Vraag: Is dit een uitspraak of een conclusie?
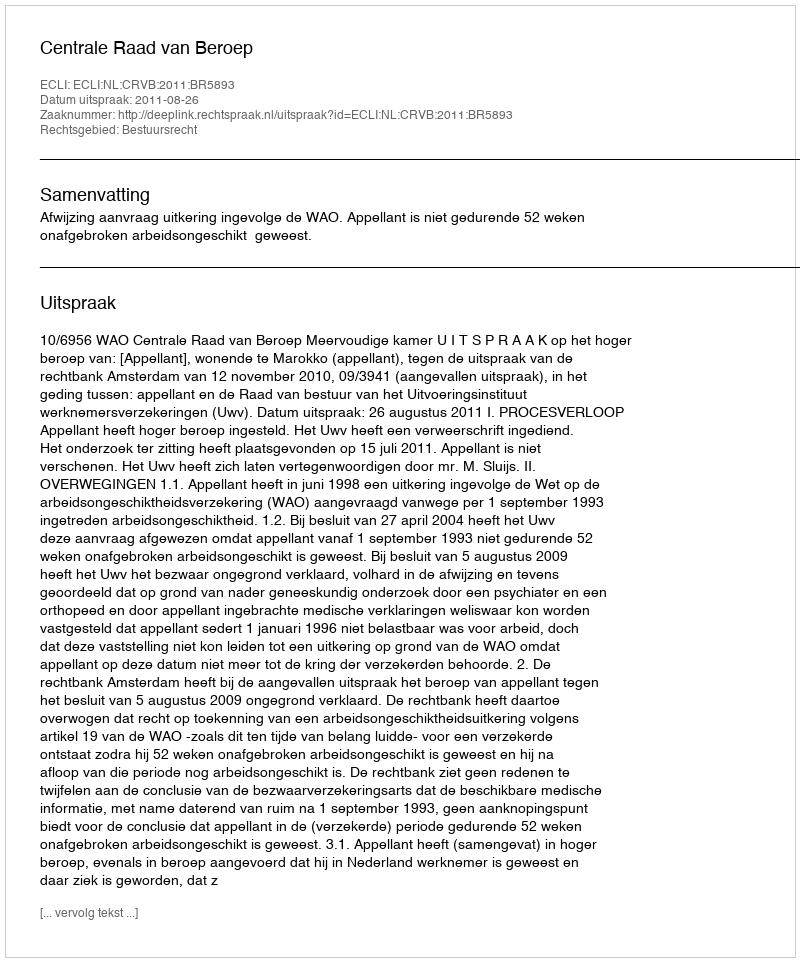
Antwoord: Uitspraak